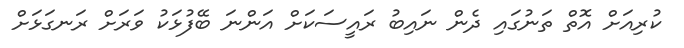
ކުރިއަށް އޮތް ތަނުގައި ދެން ނައިބު ރައީސަކަށް އަންނަ ބޭފުޅަކު ވަރަށް ރަނގަޅަށް